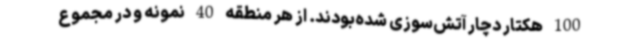
100 هکتار دچار آتش‌سوزی شده‌بودند. از هر منطقه 40 نمونه و در مجموع